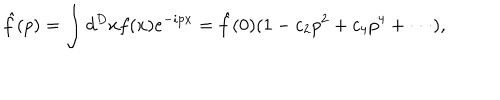
LaTeX: \hat { f } ( p ) = \int d ^ { D } x f ( x ) e ^ { - i p x } = \hat { f } ( 0 ) ( 1 - c _ { 2 } p ^ { 2 } + c _ { 4 } p ^ { 4 } + \cdot \cdot \cdot ) ,